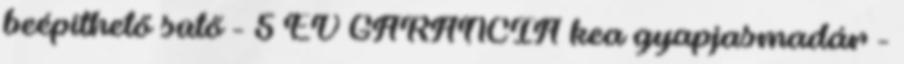
beépíthető sütő - 5 ÉV GARANCIA kea gyapjasmadár -